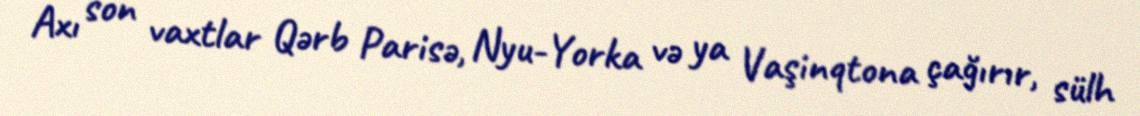
Axı son vaxtlar Qərb Parisə, Nyu-Yorka və ya Vaşinqtona çağırır, sülh